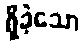
ရှိခဲ့သော